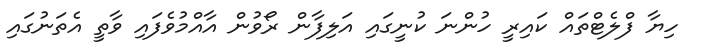
ހިޔާ ފްލެޓްތައް ކައިރީ ހުންނަ ކުނީގައި އަލިފާން ރޯވުން އާއްމުވެފައި ވާތީ އެތަނުގައި